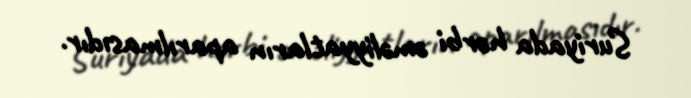
Suriyada hərbi əməliyyatların aparılmasıdır.